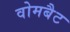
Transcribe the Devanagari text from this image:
वोमबैट